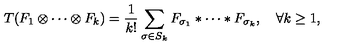
T ( F _ { 1 } \otimes \cdots \otimes F _ { k } ) = { \frac { 1 } { k ! } } \sum _ { \sigma \in S _ { k } } F _ { \sigma _ { 1 } } \ast \cdots \ast F _ { \sigma _ { k } } , \quad \forall k \geq 1 ,